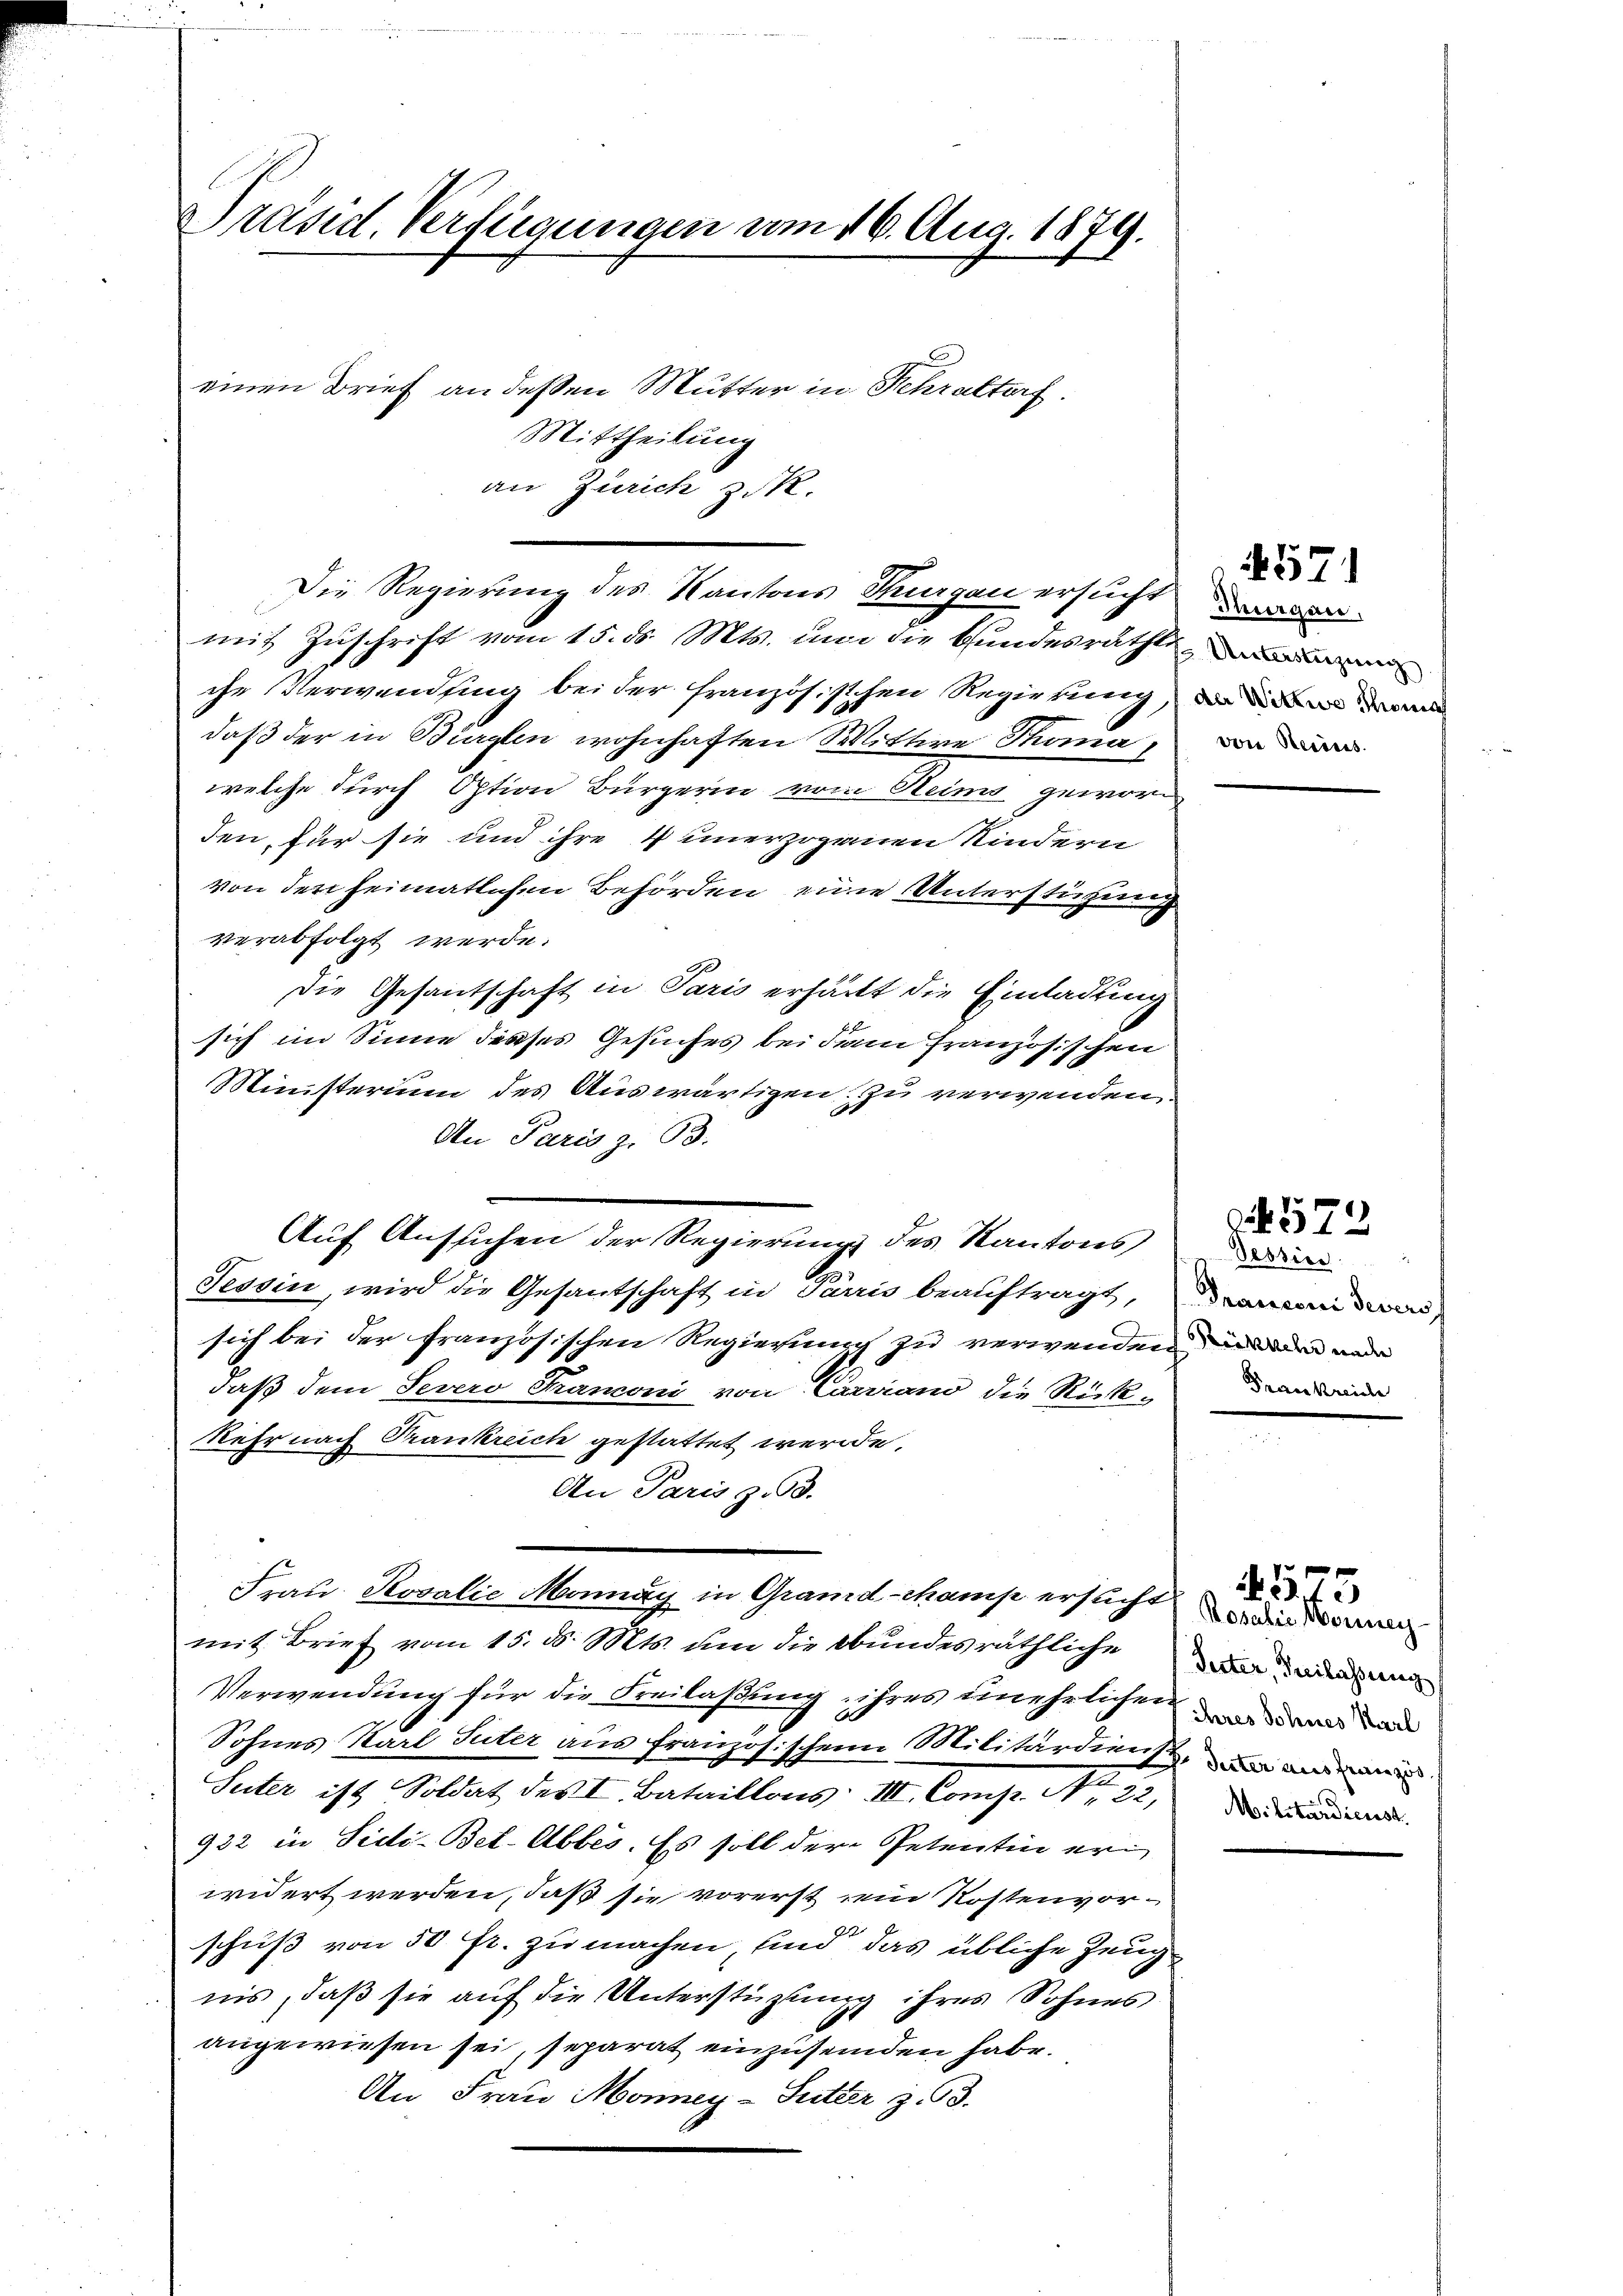
Präsid. Verfügungen vom 16. Aug. 1879.
einen Brief an deßen Mutter in Schraltorf.
Mittheilung

an Zürich z. R.
Die Regierung des Kantons Thurgau ersucht
mit Zuschrift vom 15. ds. Mts. um die Handesrathe
che Verwendung bei der französischen Regierung
daß der in Bürglen wohnhaften Wittwe Thoma
welche durch Option Bürgerin vom Steims geworden, für sie und ihre 4 unerzogenen Kindern
von den heimatlichen Behörden eine Unterstüzun
verabfolgt werde.
Die Gesantschaft in Paris erhält die Einladung
sich im Sinne dieses Gesuches bei dem französischen
Ministerium des Auswärtigen zu verwenden
An Paris z. B.
Tessin, wird die Gesantschaft in Parris beauftragt,
sich bei der Französischen Regierung zu verwenden, und dem an
daß dem Severo Franzoni von Carriano die Rück¬
Kehr nach Frankreich gestattet werde.
An Paris z. B.
Frau Rosalie Monnay in Grand-Mamp ersucht
mit Brief vom 15. d. Mts. den die bundesräthliche an das ang
Verwendung für die Freilaßung ihres unehrlichen deren und
Sohnes Karl Suter aus französischen Militärdiens, und m
Seiter ist Soldat des I. Bataillons III. Compr. No. 22,
932 in Sidi-Bet-Abbes. Es soll der Petentin eri
widert werden, daß sie vorerst ein Kostenvorschuß von 50 fr. zu machen, sind das übliche Zeugnis, daß sie auf die Unterstützung ihres Sohnes
angewiesen sei, separat einzusenden habe.
An Frau Money-Sutter z. 93.

Auf Aussichen der Regierung des Kantons

Pessine
Franconi Severs
Frankreiche

Thurgau,
Unterstüzung
der Wittwe Schönen
von Bediens.

Rosalie Normney
Militardienst.

4571

572

x
3